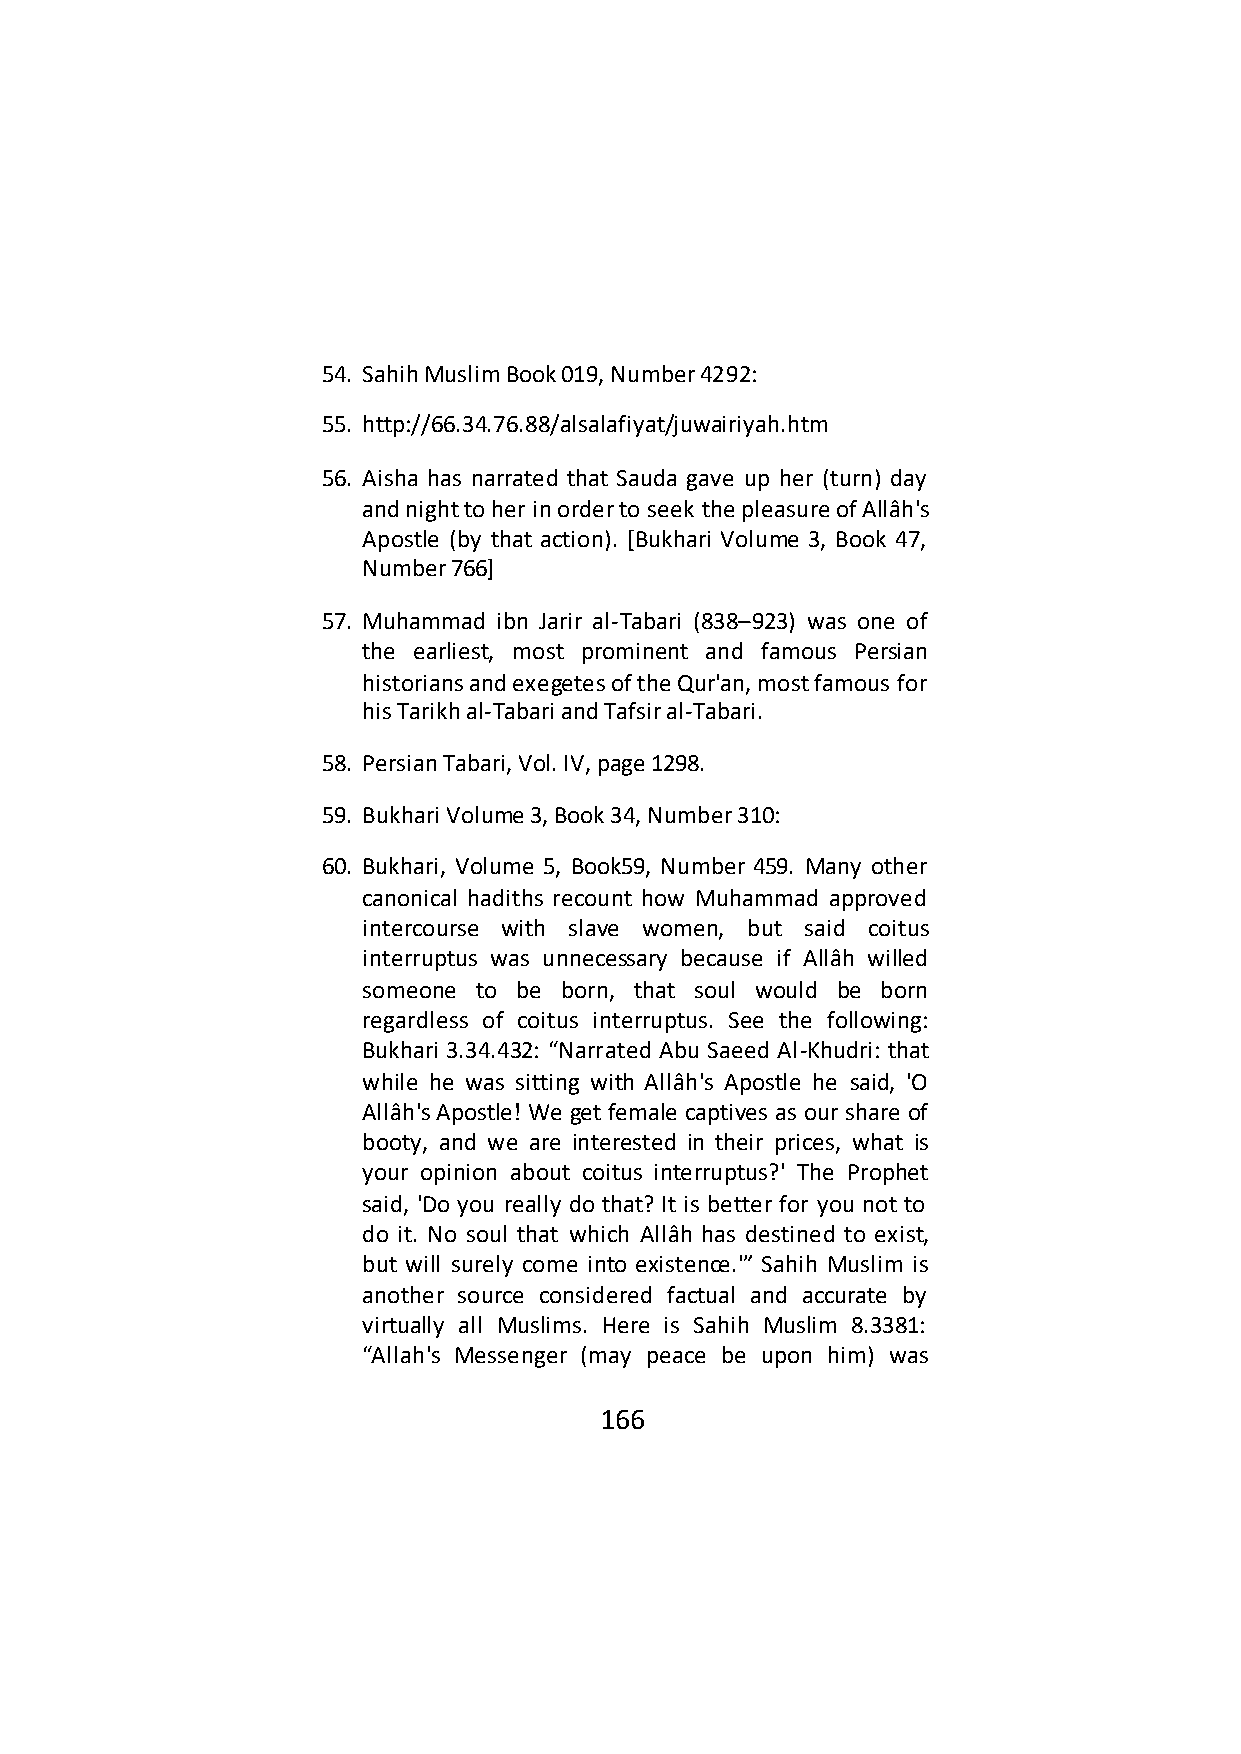
54. Sahih Muslim Book 019, Number 4292:
 55. http://66.34.76.88/alsalafiyat/juwairiyah.htm
 56. Aisha has narrated that Sauda gave up her (turn) day
 and night to her in order to seek the pleasure of Allâh's
 Apostle (by that action). [Bukhari Volume 3, Book 47,
 Number 766]
 57. Muhammad ibn Jarir al-Tabari (838–923) was one of
 the earliest, most prominent and famous Persian
 historians and exegetes of the Qur'an, most famous for
 his Tarikh al-Tabari and Tafsir al-Tabari.
 58. Persian Tabari, Vol. IV, page 1298.
 59. Bukhari Volume 3, Book 34, Number 310:
 60. Bukhari, Volume 5, Book59, Number 459. Many other
 canonical hadiths recount how Muhammad approved
 intercourse with slave women, but said coitus
 interruptus was unnecessary because if Allâh willed
 someone to be born, that soul would be born
 regardless of coitus interruptus. See the following:
 Bukhari 3.34.432: “Narrated Abu Saeed Al-Khudri: that
 while he was sitting with Allâh's Apostle he said, 'O
 Allâh's Apostle! We get female captives as our share of
 booty, and we are interested in their prices, what is
 your opinion about coitus interruptus?' The Prophet
 said, 'Do you really do that? It is better for you not to
 do it. No soul that which Allâh has destined to exist,
 but will surely come into existence.'” Sahih Muslim is
 another source considered factual and accurate by
 virtually all Muslims. Here is Sahih Muslim 8.3381:
 “Allah's Messenger (may peace be upon him) was
 166